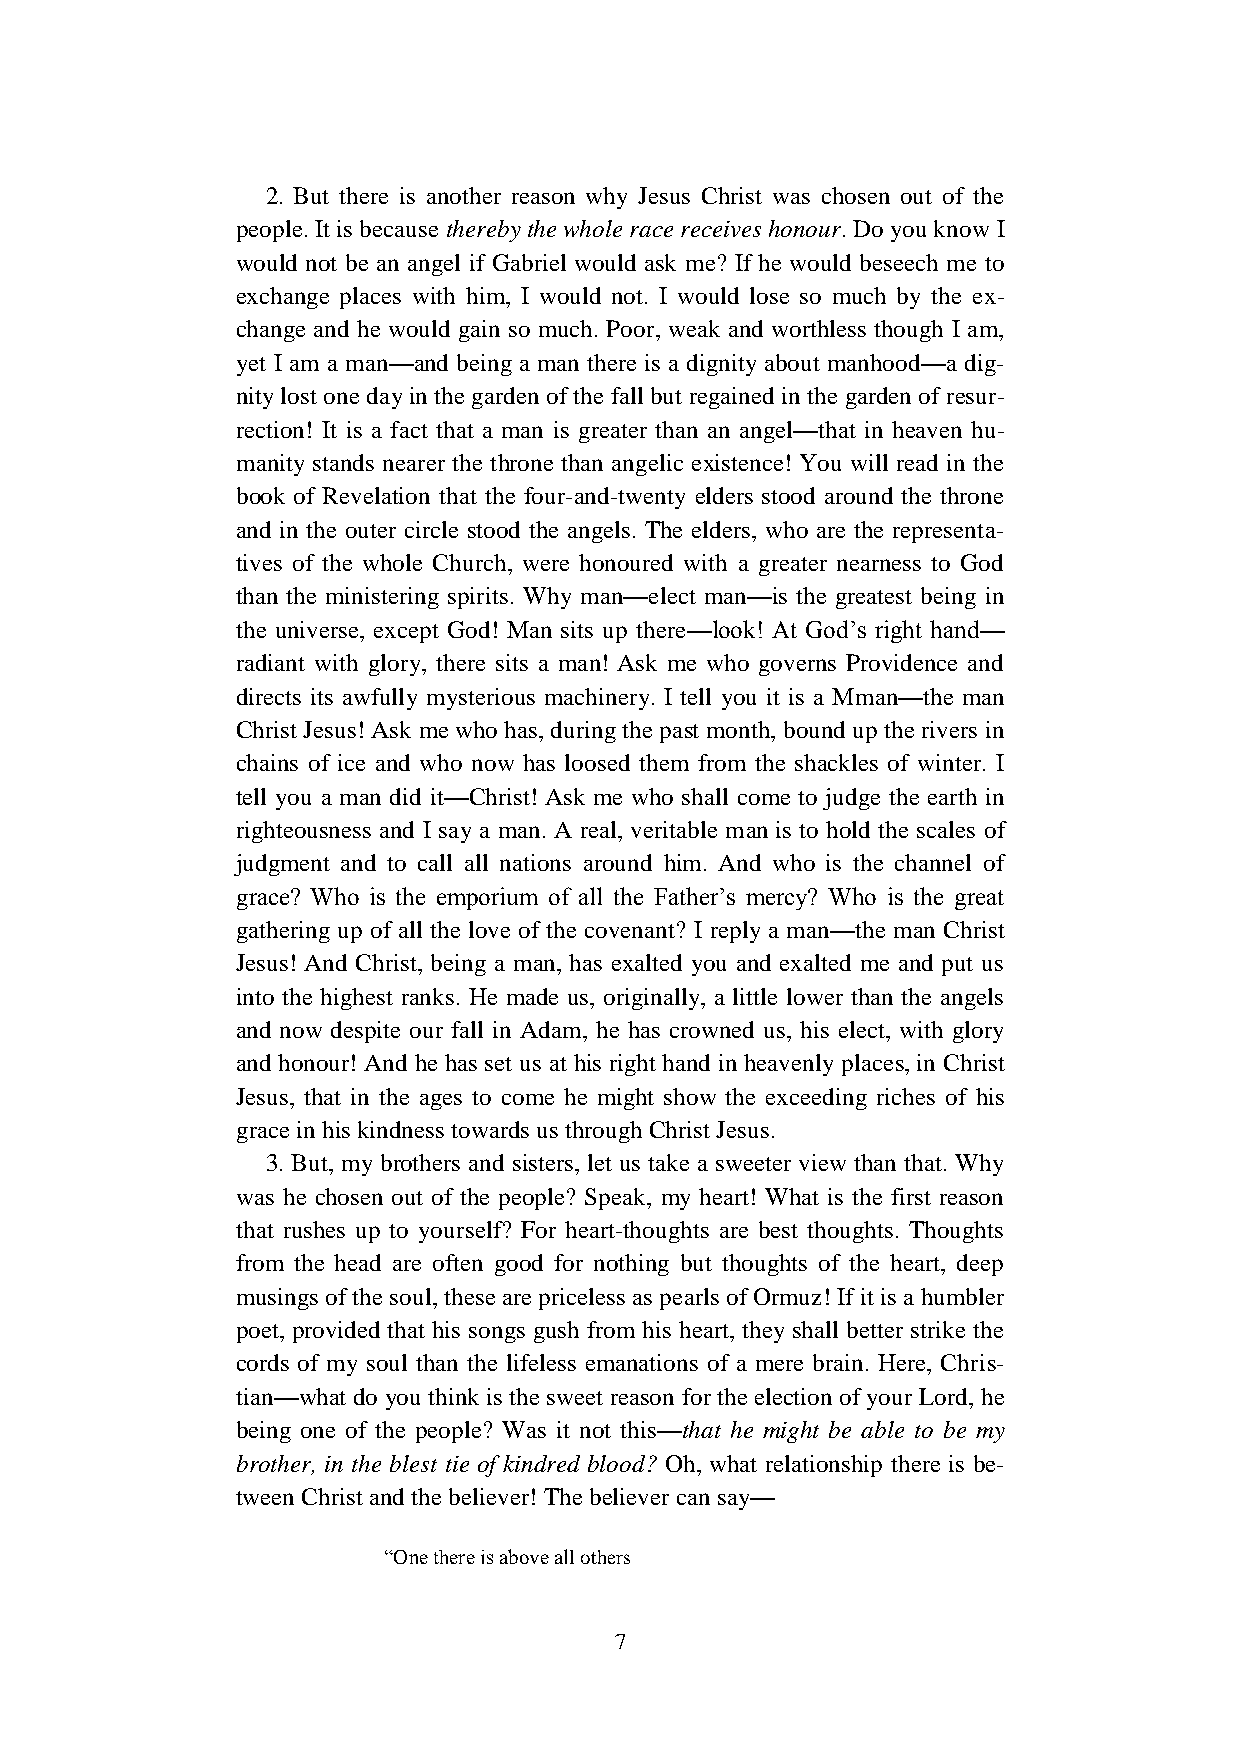
2. But there is another reason why Jesus Christ was chosen out of the
 people. It is because thereby the whole race receives honour. Do you know I
 would not be an angel if Gabriel would ask me? If he would beseech me to
 exchange places with him, I would not. I would lose so much by the ex-
 change and he would gain so much. Poor, weak and worthless though I am,
 yet I am a man—and being a man there is a dignity about manhood—a dig-
 nity lost one day in the garden of the fall but regained in the garden of resur-
 rection! It is a fact that a man is greater than an angel—that in heaven hu-
 manity stands nearer the throne than angelic existence! You will read in the
 book of Revelation that the four-and-twenty elders stood around the throne
 and in the outer circle stood the angels. The elders, who are the representa-
 tives of the whole Church, were honoured with a greater nearness to God
 than the ministering spirits. Why man—elect man—is the greatest being in
 the universe, except God! Man sits up there—look! At God’s right hand—
 radiant with glory, there sits a man! Ask me who governs Providence and
 directs its awfully mysterious machinery. I tell you it is a Mman—the man
 Christ Jesus! Ask me who has, during the past month, bound up the rivers in
 chains of ice and who now has loosed them from the shackles of winter. I
 tell you a man did it—Christ! Ask me who shall come to judge the earth in
 righteousness and I say a man. A real, veritable man is to hold the scales of
 judgment and to call all nations around him. And who is the channel of
 grace? Who is the emporium of all the Father’s mercy? Who is the great
 gathering up of all the love of the covenant? I reply a man—the man Christ
 Jesus! And Christ, being a man, has exalted you and exalted me and put us
 into the highest ranks. He made us, originally, a little lower than the angels
 and now despite our fall in Adam, he has crowned us, his elect, with glory
 and honour! And he has set us at his right hand in heavenly places, in Christ
 Jesus, that in the ages to come he might show the exceeding riches of his
 grace in his kindness towards us through Christ Jesus.
 3. But, my brothers and sisters, let us take a sweeter view than that. Why
 was he chosen out of the people? Speak, my heart! What is the first reason
 that rushes up to yourself? For heart-thoughts are best thoughts. Thoughts
 from the head are often good for nothing but thoughts of the heart, deep
 musings of the soul, these are priceless as pearls of Ormuz! If it is a humbler
 poet, provided that his songs gush from his heart, they shall better strike the
 cords of my soul than the lifeless emanations of a mere brain. Here, Chris-
 tian—what do you think is the sweet reason for the election of your Lord, he
 being one of the people? Was it not this—that he might be able to be my
 brother, in the blest tie of kindred blood? Oh, what relationship there is be-
 tween Christ and the believer! The believer can say—
 “One there is above all others
 7